Lunatic asylums United Prov. 1922-30 - 1922-1930
Year: 1922
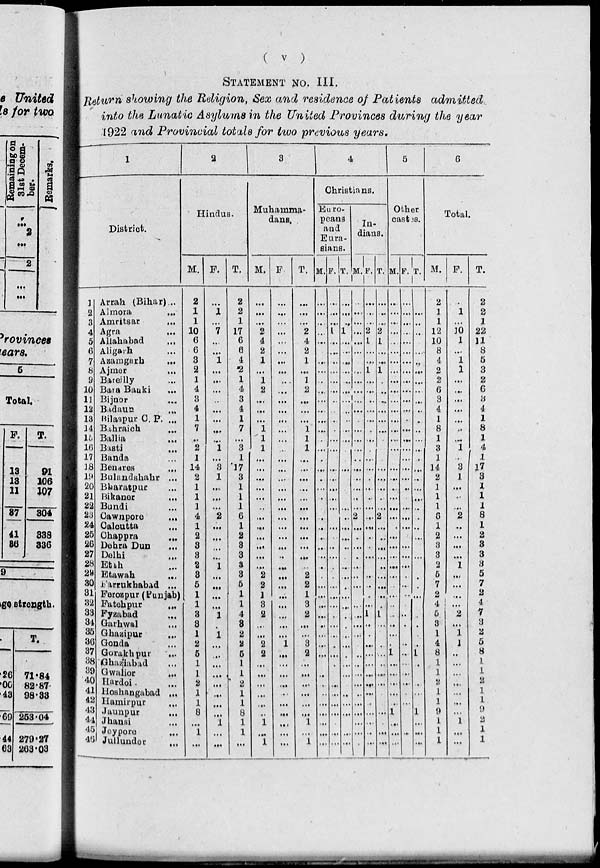
( v )
STATEMENT No. III.
Return showing the Religion, Sex and residence of Patients admitted
into the Lunatic Asylums in the United Provinces during the year
1922 and Provincial totals for two previous years.
1
District.
1
2
3
4
5
6
7
8
9
10
11
12
13
14
15
16
17
18
19
20
21
22
23
24
25
26
27
28
29
30
31
32
33
34
35
36
37
38
39
40
41
42
43
44
45
46
Arrah (Bihar) ...
Almora
...
Amritsar
...
Agra
...
Allahabad ...
Aligarh
...
Azamgarh
...
Ajmer ...
Bareilly ...
Bara Banki ...
Bijnor ...
Badaun ...
Bilaspur C. P. ...
Bahraich ...
Ballia ...
Basti ...
Banda ...
Benares ...
Bulandshahr ...
Bharatpur ...
Bikaner
...
Bundi ...
Cawnpore
...
Calcutta ...
Chappra ...
Dehra Dun ...
Delhi ...
Etah ...
Etawah ...
Farrukhabad ...
Ferozpur (Punjab)
Fatehpur ...
Fyzabad ...
Garhwal ...
Ghazipur ...
Gonda ...
Gorakhpur
...
Ghaziabad ...
Gwalior
...
Hardoi ...
Hoshangabad ...
Hamirpur ...
Jaunpur ...
Jhansi ...
Jeypore ...
Jullunder ...
2
Hindus.
M.
2
1
1
10
6
6
3
2
1
4
3
4
1
7
...
2
1
14
2
1
1
1
4
1
2
3
3
2
3
5
1
1
3
3
1
2
5
1
1
2
1
1
8
...
1
...
F.
...
1
...
7
...
...
1
...
...
...
...
...
...
...
...
1
...
3
1
...
...
...
2
...
...
...
...
1
...
...
...
...
1
...
1
...
...
...
...
...
...
...
...
1
...
...
T.
2
2
1
17
6
6
4
2
1
4
3
4
1
7
....
3
1
17
3
1
1
1
6
1
2
3
3
3
3
5
1
1
4
3
2
2
5
1
1
2
1
1
8
1
1
...
3
Muhamma-
dans.
M.
...
...
...
2
4
2
1
...
1
2
...
...
...
1
1
1
...
....
...
...
...
...
....
...
...
...
...
...
2
2
1
3
2
...
...
2
2
...
...
...
...
...
...
1
...
1
F.
...
...
...
...
...
...
....
...
...
...
...
...
...
...
...
...
...
...
...
...
...
...
...
...
...
...
...
...
...
...
...
...
...
...
...
1
...
....
...
...
...
...
...
...
...
...
T.
...
...
...
2
4
2
1
...
1
2
...
...
...
1
1
1
...
...
...
...
...
...
...
...
...
...
...
...
2
2
1
3
2
...
...
3
2
...
...
...
...
...
...
1
...
1
4
Christians.
Euro-
peans
and
Eura-
sians.
M.
...
...
...
...
...
...
...
...
...
...
...
...
...
...
...
...
...
...
...
...
...
...
...
...
...
...
...
...
...
...
...
...
...
...
...
...
...
...
...
...
...
...
...
...
...
...
F.
...
...
...
1
...
...
...
...
...
...
...
...
...
...
...
...
...
...
...
...
...
...
...
...
...
...
...
...
...
...
...
...
...
...
...
...
...
...
...
...
...
...
...
...
...
...
T.
...
...
...
1
...
...
...
...
...
...
...
...
...
...
...
...
...
...
...
......
...
...
...
...
...
...
...
...
...
...
...
...
...
...
...
...
...
...
...
...
...
...
...
...
...
...
In-
dians.
M.
...
...
...
...
...
...
...
...
...
...
...
...
...
...
...
...
...
...
...
...
...
...
2
...
...
...
...
...
...
...
...
...
...
...
...
...
...
...
...
...
...
...
...
...
...
...
F.
...
...
...
2
1
...
...
1
...
...
...
...
...
...
...
...
...
...
...
...
...
...
...
...
...
...
...
...
...
...
...
...
1
...
...
...
...
...
...
...
...
...
...
...
...
...
T.
...
...
...
2
1
...
...
1
...
...
...
...
...
...
...
...
...
...
...
...
...
...
2
...
...
...
...
...
...
...
...
...
1
...
...
...
...
...
...
...
...
...
...
...
...
...
5
Other
castes.
M.
...
...
...
...
...
...
...
...
...
...
...
...
...
...
...
...
...
...
...
...
...
...
...
...
...
...
...
...
...
...
...
...
...
...
...
...
...
...
...
...
...
...
1
...
...
...
F.
...
...
...
...
...
...
...
...
...
...
...
...
...
...
...
...
...
...
...
...
...
...
...
...
...
...
...
...
...
...
...
...
...
...
...
...
...
...
...
...
...
...
...
...
...
...
T.
...
...
...
...
...
...
...
...
...
...
...
...
...
...
...
...
...
...
...
...
...
...
...
...
...
...
...
...
...
...
...
...
...
...
...
...
...
...
...
...
...
...
1
...
...
...
6
Total.
M.
2
1
1
12
10
8
4
2
2
6
8
4
1
8
1
3
1
14
2
1
1
1
6
1
2
3
3
2
5
7
2
4
5
3
1
4
8
1
1
2
1
1
9
1
1
1
F.
1
...
10
1
...
1
1
...
...
...
...
...
..
...
1
...
3
1
...
...
...
2
...
...
...
...
1
...
...
...
...
2
...
1
1
...
...
...
...
...
...
...
1
...
...
T.
2
2
1
22
11
8
5
3
2
6
3
4
1
8
1
4
1
17
3
1
1
1
8
1
2
3
3
3
5
7
2
4
7
3
2
5
8
1
1
2
1
1
9
2
1
1